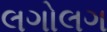
લગોલગ